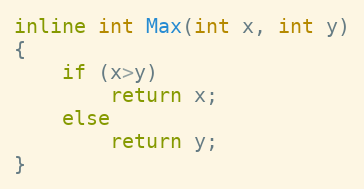
Language: C++
inline int Max(int x, int y)
{
	if (x>y)
		return x;
	else
		return y;
}